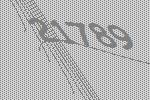
21789